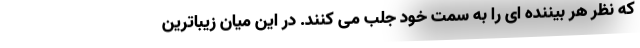
که نظر هر بیننده ای را به سمت خود جلب می کنند. در این میان زیباترین